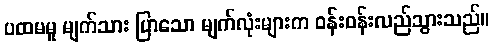
ပထမမူ မျက်သား ပြာသော မျက်လုံးများက ဝန်းဝန်းလည်သွားသည်။